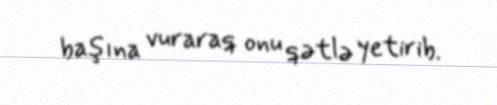
başına vuraraq onu qətlə yetirib.